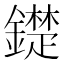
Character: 𨭣